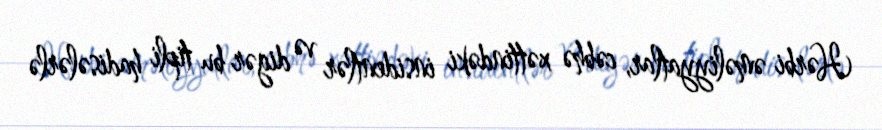
Hərbi əməliyyatlar, cəbhə xəttindəki insidentlər və digər bu tipli hadisələrlə